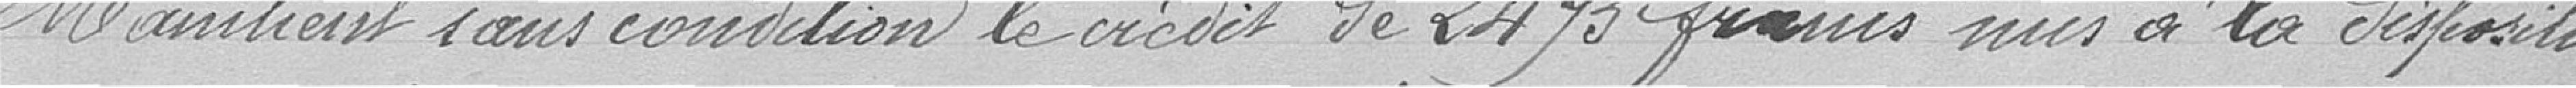
Maintient sans conviction le crédit de 2 475 francs mis à la disposition